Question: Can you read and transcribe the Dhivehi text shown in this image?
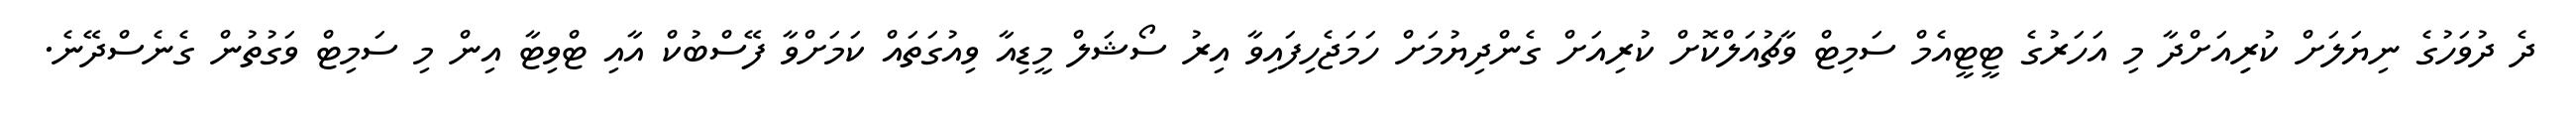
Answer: ދެ ދުވަހުގެ ނިޔަލަށް ކުރިިއަށްދާ މި އަހަރުގެ ޓީޓީއެމް ސަމިޓް ވާޗުއަލްކޮށް ކުރިއަށް ގެންދިޔުމަށް ހަމަޖެހިފައިވާ އިރު ސޯޝަލް މީޑިއާ ވިއުގަތައް ކަމަށްވާ ފޭސްބުކް އާއި ޓްވިޓާ އިން މި ސަމިޓް ވަގުތުން ގެނެސްދޭނެ.